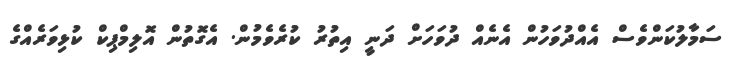
ސަމާލުކަންވެސް އެއްދުވަހުން އެނެއް ދުވަހަށް ދަނީ އިތުރު ކުރެވެމުން. އެގޮތުން އޮލިމްޕިކް ކުޅިވަރެއްގެ